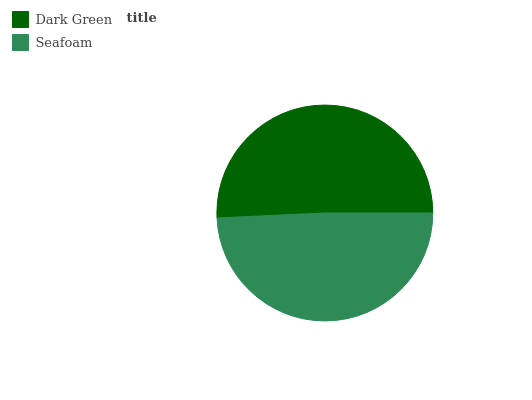
| Dark Green | Seafoam |
 | --- | --- |
 | 50.7% | 49.3% |